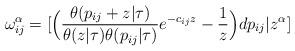
LaTeX: \begin{align*}\omega_{ij}^\alpha=[\Big({\theta(p_{ij}+z|\tau)\over\theta(z|\tau)\theta(p_{ij}|\tau)}e^{-c_{ij}z}-{1\over z}\Big)dp_{ij}|z^\alpha] \end{align*}